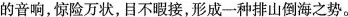
的音响，惊险万状，目不暇接，形成一种排山倒海之势。